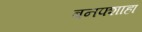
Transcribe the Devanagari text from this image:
बनफ्शाहा